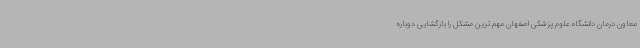
معاون درمان دانشگاه علوم پزشکی اصفهان مهم ترین مشکل را بازگشایی دوباره